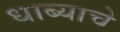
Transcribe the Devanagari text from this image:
धाब्याचे